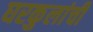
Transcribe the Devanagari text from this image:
घरकुलांची